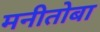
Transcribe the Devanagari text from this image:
मनीतोबा